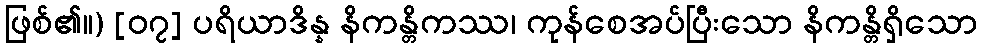
ဖြစ်၏။) [၀၇] ပရိယာဒိန္န နိကန္တိကဿ၊ ကုန်စေအပ်ပြီးသော နိကန္တိရှိသော